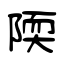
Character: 陾